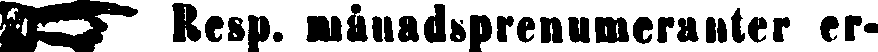
☞ Resp. månadsprenumeranter er-